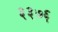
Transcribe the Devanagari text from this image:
३३७६